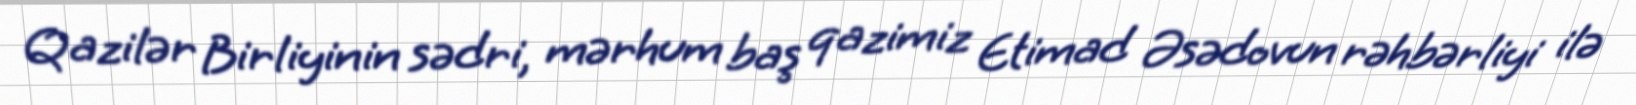
Qazilər Birliyinin sədri, mərhum baş qazimiz Etimad Əsədovun rəhbərliyi ilə